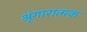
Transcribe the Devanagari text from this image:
श्रृंगारात्मक